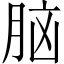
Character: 脑